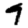
Digit: 9